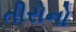
તીરોનો